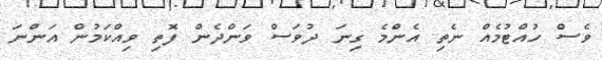
ވެސް ހުއްޓުމެއް ނެތި އެންމެ ގިނަ ދުވަސް ވަންދެން ފޮތި ވިއްކަމުން އަންނަ